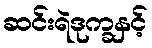
ဆင်းရဲဒုက္ခနှင့်